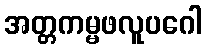
အတ္တကမ္မဖလူပဂေါ